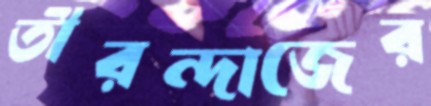
তীরন্দাজের